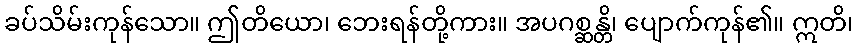
ခပ်သိမ်းကုန်သော။ ဤတိယော၊ ဘေးရန်တို့ကား။ အပဂစ္ဆန္တိ၊ ပျောက်ကုန်၏။ ဣတိ၊